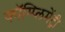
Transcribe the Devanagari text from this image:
कॉम्‍प्‍लिमेंट्री